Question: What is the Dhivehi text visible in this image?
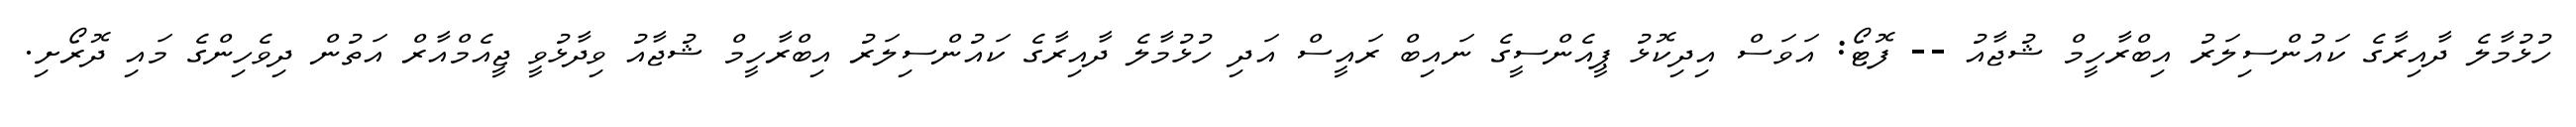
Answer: ހުޅުމާލެ ދާއިރާގެ ކައުންސިލަރު އިބްރާހީމް ޝުޖާއު -- ފޮޓޯ: އަވަސް އިދިކޮޅު ޕީއެންސީގެ ނައިބް ރައީސް އަދި ހުޅުމާލެ ދާއިރާގެ ކައުންސިލަރު އިބްރާހީމް ޝުޖާއު ވިދާޅުވީ ޖީއެމްއާރް އަތުން ދިވެހިންގެ މައި ދޮރޯށި.